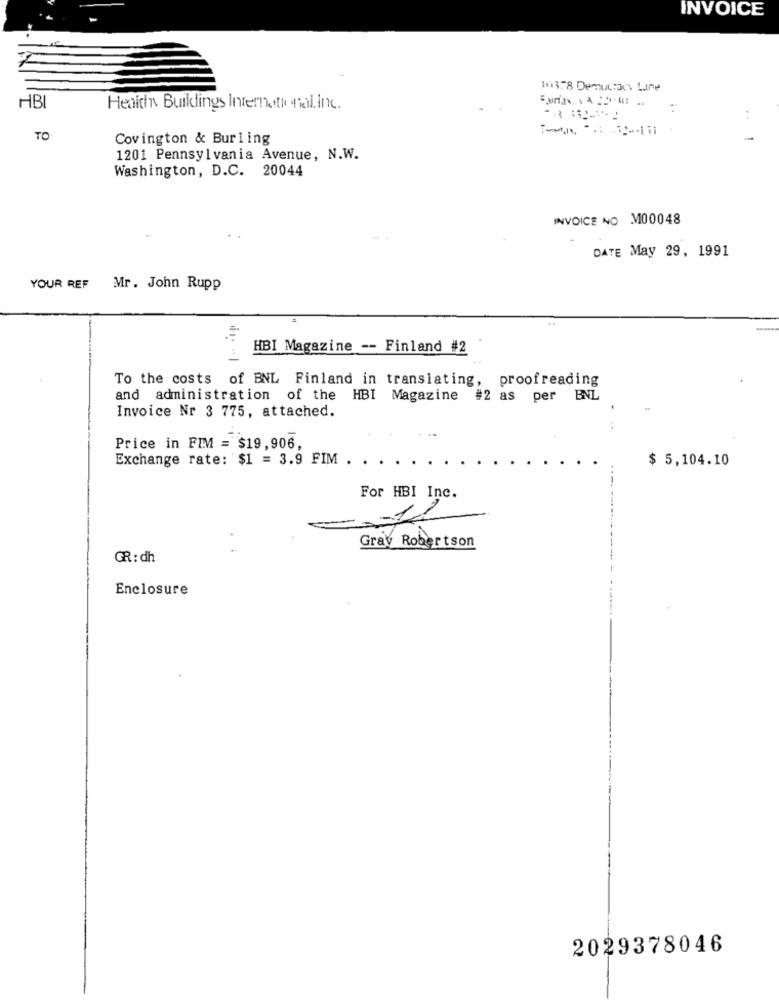
INVOICE
1113.78 Democracy Lare
HB
Healthy Buildings Internationalinc.
. .
TO
Covington & Burling
1201 Pennsylvania Avenue, N.W.
Washington, D.C. 20044
INVOICE NO M00048
DATE May 29, 1991
YOUR REF Mr. John Rupp
HBI Magazine -- Finland #2
To the costs of BNL Finland in translating, proofreading
and administration of the HBI Magazine #2 as per BNL
.
Invoice Nr 3 775, attached.
Price in FIM = $19,906,
Exchange rate: $1 = 3.9 FIM . . ..
$ 5,104.10
For HBI Inc.
Gray Robertson
GR : dh
Enclosure
2029378046